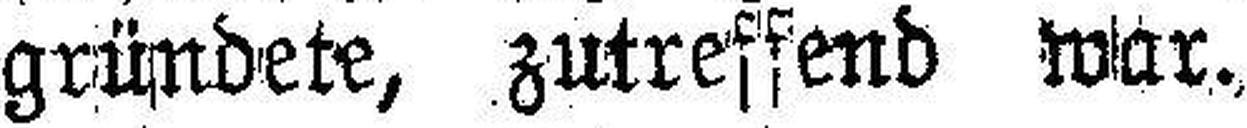
gründete, zutreffend war.